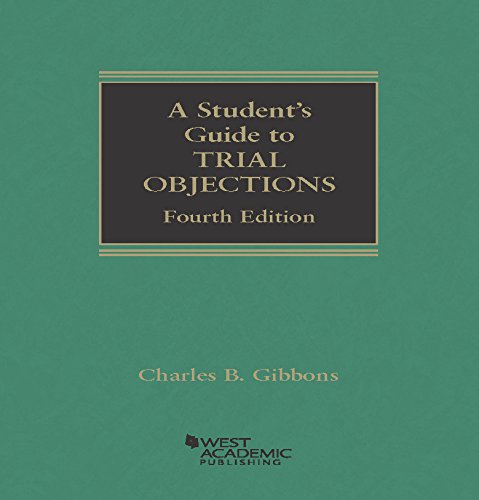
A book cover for A Student's Guide to Trial ObjectionS (Student Guides); Charles Gibbons; Law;